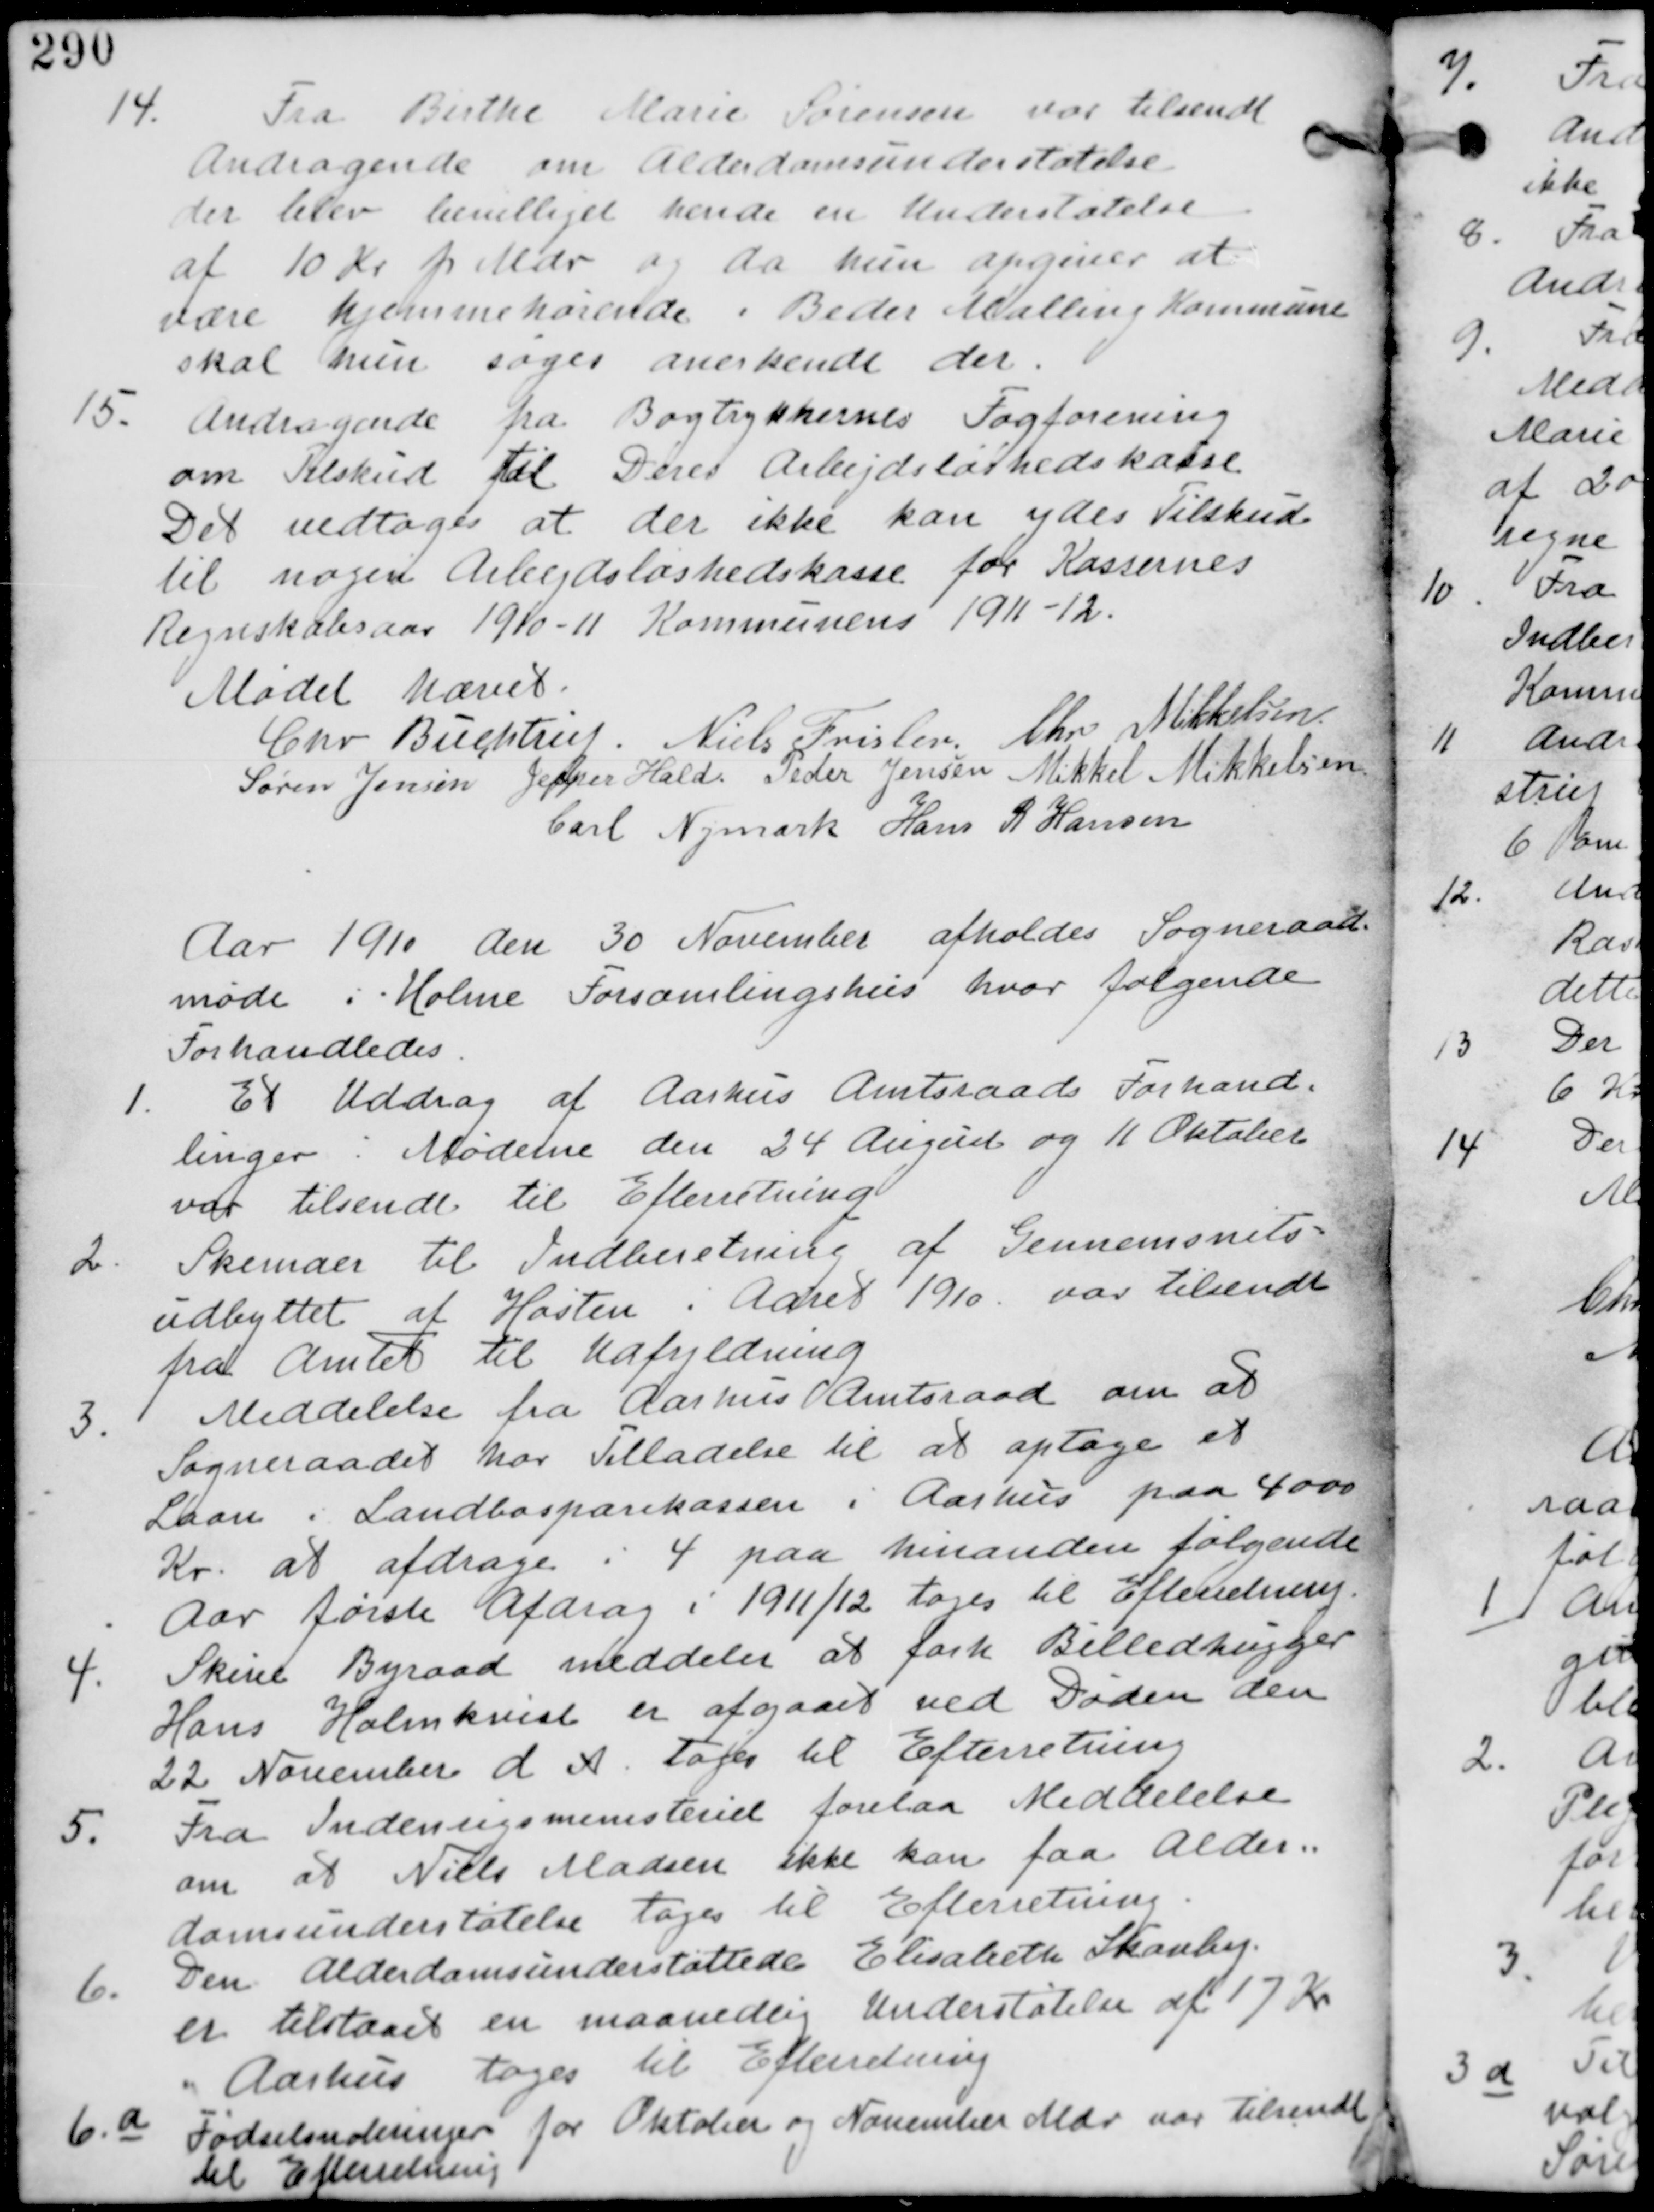
Transskription:
14.
Fra Birthe Marie Sørensen var tilsendt
Andragende om Alderdomsunderstøtelse
der blev bevilliget hende en Understøtelse
af 10 Kr Mdr og da hun opgiver at
være hjemmehørende i Beder Malling Kommune
skal hun søges anerkendt der.

15.
Andragende fra Bogtrykkernes Fagforening
om Tilskud til Deres Arbejdsløshedskasse
Det vedtages at der ikke kan ydes Tilskud
til nogen Arbejdsløshedskasse for Kassernes
Regnskabsaar 1910-11 Kommunens 1911-12.

Mødet hævet
Chr Buchtrup. Niels Frislev Chr Mikkelsen
Søren Jensen Jesper Hald Peder Jensen Mikkel Mikkelsen
Carl Nymark Hans R Hansen

Aar 1910 den 30 November afholdes Sogneraads
møde i Holme Forsamlinghud hvor følgende
Forhandledes.

1. Et Uddrag af Aarhus Amtsraads Forhand-
linger i Møderne den 24 August og 11 Oktober
var tilsendt til Efterretning.

2.
Skemaer til Indberetning af Gennemsnit-
udbyttet af Høsten i Aaret 1910 var tilsendt
fra Amtet til Udfyldning

3.
Meddelelse fra Aarhus Amtsraad om at
Sogneraadet har Tilladelse til at optage et
Laan i Landbosparekassen i Aarhus paa 4000
Kr. at afdrage i 4 paa hinanden følgende
Aar første Afdrag i 1911/12 tages til Efterretning.

4.
Skive Byraad meddeler at forh Billedhugger
Hans Holmkvist er afgaaet ved Døden den
22 November d A. rages til Efterretning

5.
Fra Indenrigsministeriet forelaa Meddelelse
om at Niels Madsen ikke kan faa Alder-
domsunderstøtelse til Efterretning.

6. Den Alderdomsunderstøttede Elisabeth Skauby
er tilstaaet en Maanedlig Understøtelse af 17 Kr
i Aarhus tages til Efterretning.

6.a
Fødselsnoteringer for Oktober og November var tilsendt
til Efterretning.